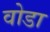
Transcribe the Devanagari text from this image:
वोडा